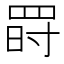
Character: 𦋂